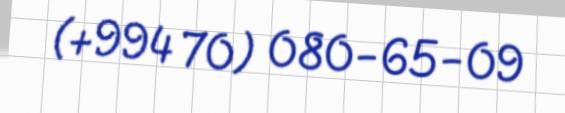
(+994 70) 080-65-09